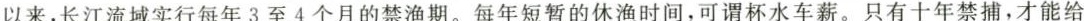
以来，长江流域实行每年3至4个月的禁渔期。每年短暂的休渔时间，可谓杯水车薪。只有十年禁捕，才能给